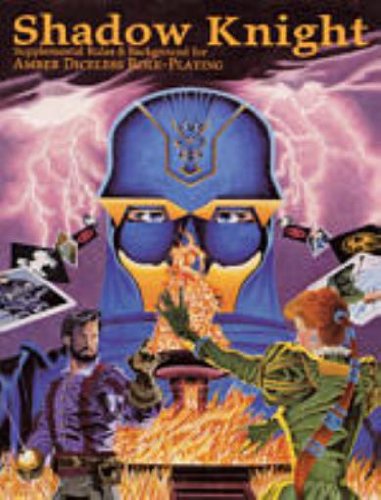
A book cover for Shadow Knight (Amber Diceless Role Playing); Erick Wujcik; Sports & Outdoors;